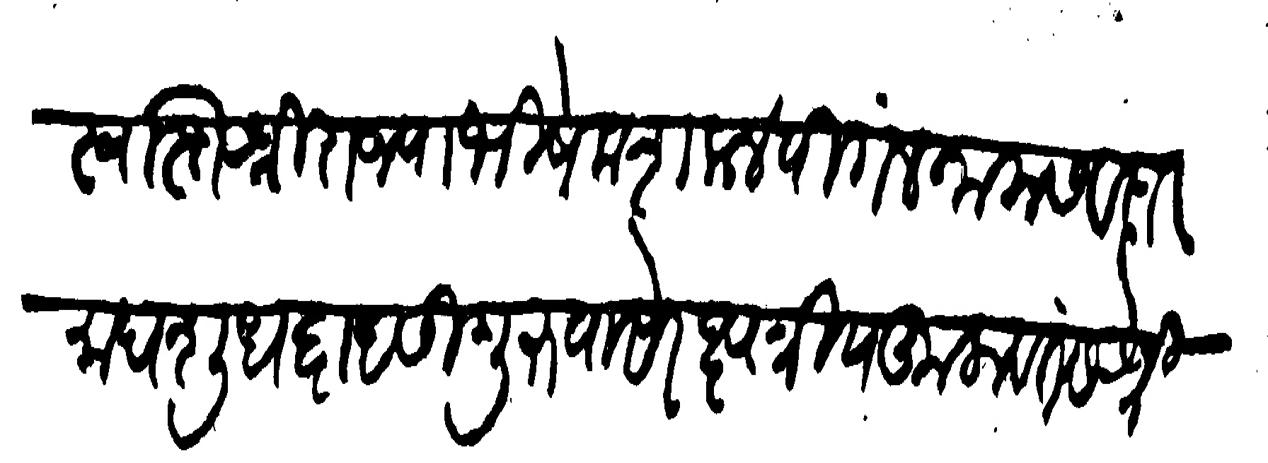
Transliteration (Devanagari): स्वस्तिश्री राज्याभिषेक शके ४ पिगल नाम संवत्सरे माघ शुध द्वादसी गुरु वासरे क्षत्रिय कुलावंतस श्री